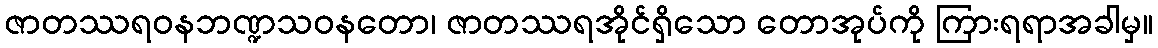
ဇာတဿရဝနဘဏ္ဍသဝနတော၊ ဇာတဿရအိုင်ရှိသော တောအုပ်ကို ကြားရရာအခါမှ။